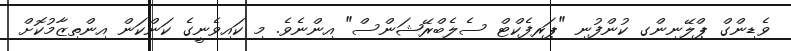
ވެޑިންގް ޕްލޭނިންގ ކުންފުނި "ޕަރފެކްޓް ސެލެބްރޭޝަންސް" އިންނެވެ. މި ކައިވެނީގެ ކަންކަން އިންތިޒާމުކޮށް